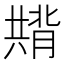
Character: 𭁚